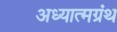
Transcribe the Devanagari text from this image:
अध्यात्मग्रंथ